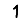
Digit: 1